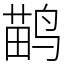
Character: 鹋